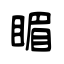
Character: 睸